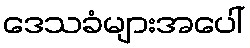
ဒေသခံများအပေါ်